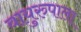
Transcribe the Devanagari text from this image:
वायुरुपाला